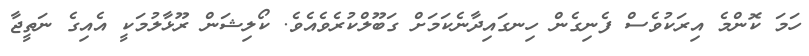
ހަމަ ކޮންމެ އިރަކުވެސް ފެނިގެން ހިނގައިދާނެކަމަށް ގަބޫލްކުރެވެއެވެ. ކޯލިޝަން ރޫޅާލުމަކީ އެއިގެ ނަތީޖާ